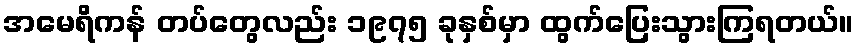
အမေရိကန် တပ်တွေလည်း ၁၉၇၅ ခုနှစ်မှာ ထွက်ပြေးသွားကြရတယ်။